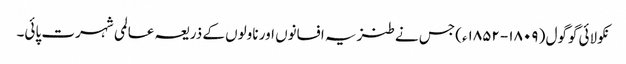
نکولائی گوگول ( ۱۸۰۹- ۱۸۵۲ء) جس نے طنزیہ افسانوں اور ناولوں کے ذریعہ عالمی شہرت پائی۔